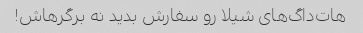
هات‌داگ‌های شیلا رو سفارش بدید نه برگرهاش!